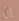
إن